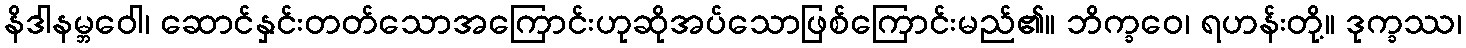
နိဒါနမ္ဘဝေါ၊ ဆောင်နှင်းတတ်သောအကြောင်းဟုဆိုအပ်သောဖြစ်ကြောင်းမည်၏။ ဘိက္ခဝေ၊ ရဟန်းတို့။ ဒုက္ခဿ၊